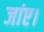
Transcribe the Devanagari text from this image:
जांए।